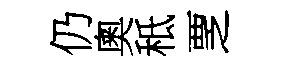
仍奧秪覂